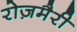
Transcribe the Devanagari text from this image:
रोज़मैरी